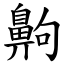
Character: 齁